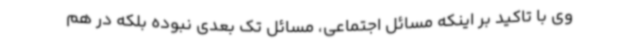
وی با تاکید بر اینکه مسائل اجتماعی، مسائل تک بعدی نبوده بلکه در هم